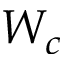
W _ { c }